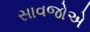
સાવજોએ